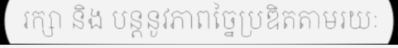
រក្សា និង បន្តនូវភាពច្នៃប្រឌិតតាមរយៈ